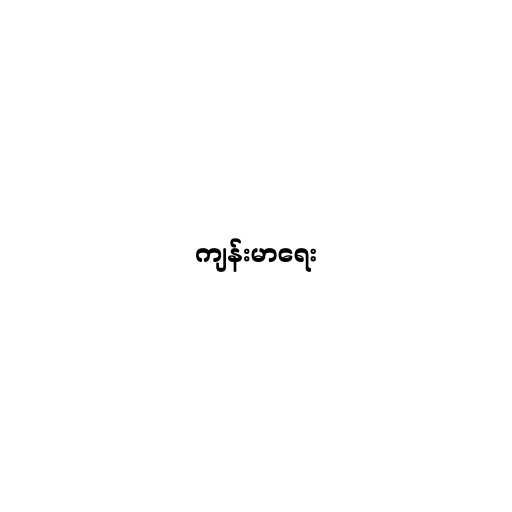
ကျန်းမာရေး